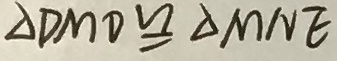
\Delta D M O \cong \Delta M N E